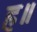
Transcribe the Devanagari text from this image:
ह॥